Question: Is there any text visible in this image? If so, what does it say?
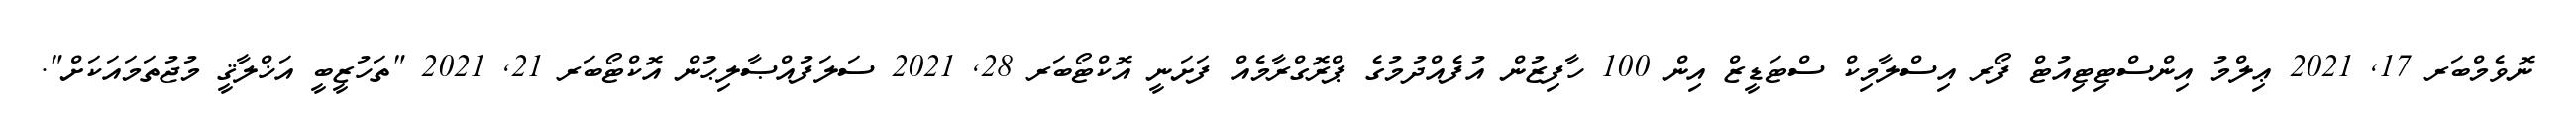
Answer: ނޮވެމްބަރ 17, 2021 ޢިލްމު އިންސްޓިޓިއުޓް ފޯރ އިސްލާމިކް ސްޓަޑީޒް އިން 100 ހާފިޒުން އުފެއްދުމުގެ ޕްރޮގްރާމެއް ފަށަނީ އޮކްޓޯބަރ 28, 2021 ސަލަފުއްޞާލިޙުން އޮކްޓޯބަރ 21, 2021 "ތަހުޒީބީ އަޚްލާޤީ މުޖުތަމައަކަށް".